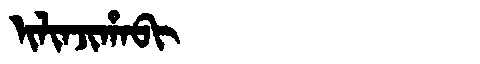
Manchu: ᡳᠯᡳᠨᠵᡳᡥᠠᠪᡳ
Romanization: ILINJIHABI